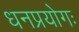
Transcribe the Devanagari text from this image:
धनप्रयोगः